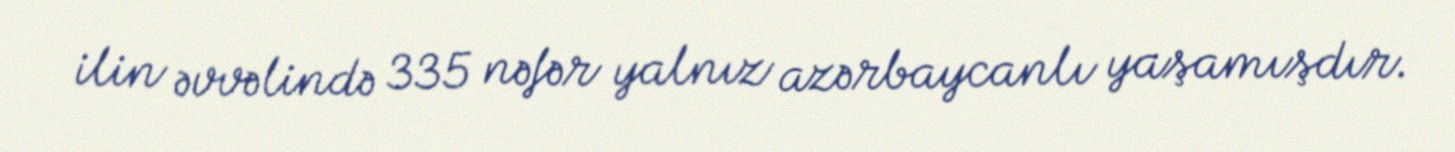
ilin əvvəlində 335 nəfər yalnız azərbaycanlı yaşamışdır.